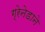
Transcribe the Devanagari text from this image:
ग्रेनेडाने